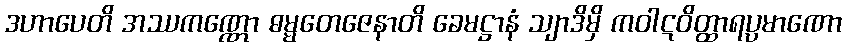
ဒဟာပေတိ အဿကဏ္ဏော ဓမ္မတေဇေနာတိ ခေမဋ္ဌာနံ သျာဒိမှိ ကဝါဋဝိတ္ထာရပ္ပမာဏော